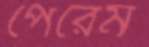
পেরেম